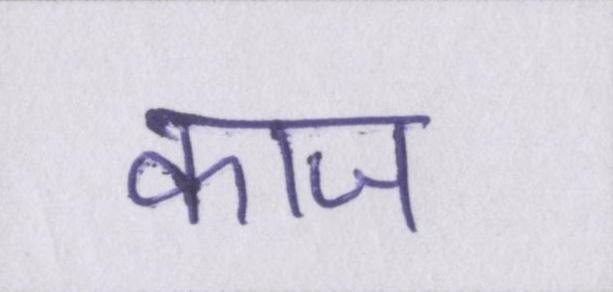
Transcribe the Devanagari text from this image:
काज